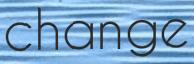
change